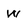
Character: W